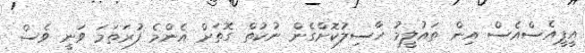
އީޕީއެސްއެސް އިން ތައުލީމު ހާސިލުކޮށްގެން ނުކުތް ގޮތަށް އެންމެ ފުރަތަމަ ވަނީ ވެސް